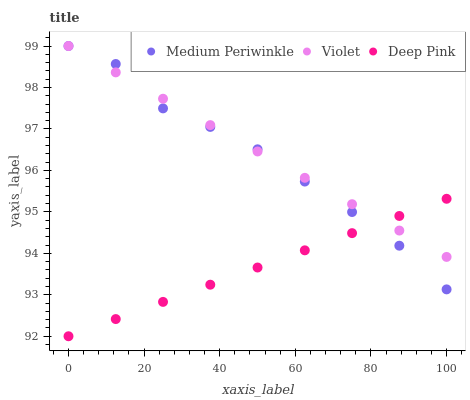
| xaxis_label | Medium Periwinkle | Violet | Deep Pink |
 | --- | --- | --- | --- |
 | 0 | 99 | 99 | 92 |
 | 12.5 | 98.6 | 98.4 | 92.4 |
 | 25 | 97.5 | 97.7 | 92.8 |
 | 37.5 | 97 | 97.1 | 93.2 |
 | 50 | 96.5 | 96.5 | 93.7 |
 | 62.5 | 95.7 | 95.8 | 94.1 |
 | 75 | 95 | 95.2 | 94.5 |
 | 87.5 | 94.2 | 94.5 | 94.9 |
 | 100 | 93.1 | 93.9 | 95.3 |